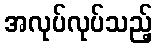
အလုပ်လုပ်သည့်